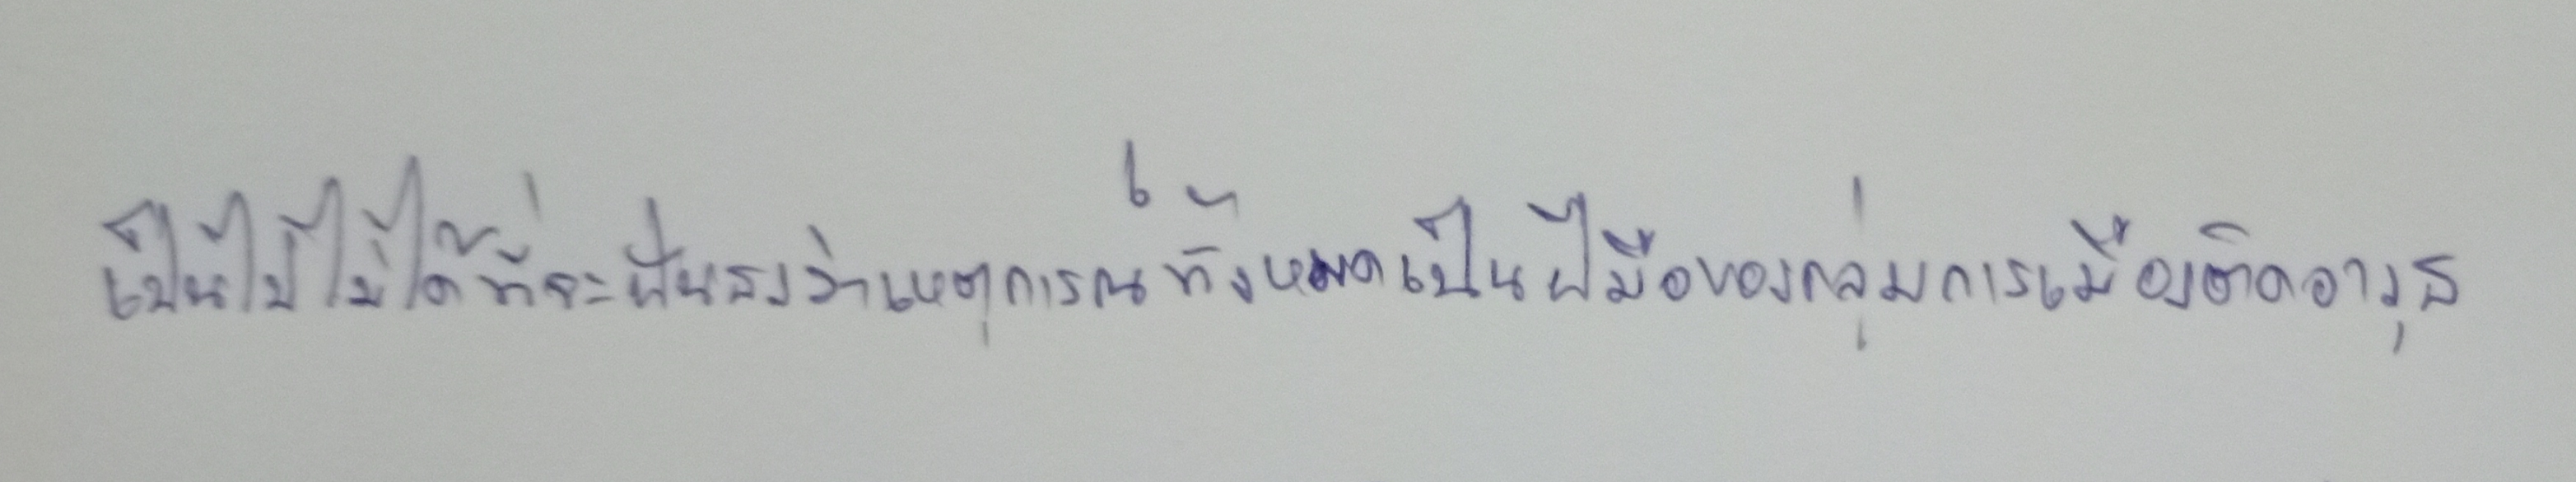
เป็นไปไม่ได้ที่จะฟันธงว่าเหตุการณ์ทั้งหมดเป็นฝีมือของกลุ่มการเมืองติดอาวุธ